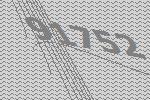
91752